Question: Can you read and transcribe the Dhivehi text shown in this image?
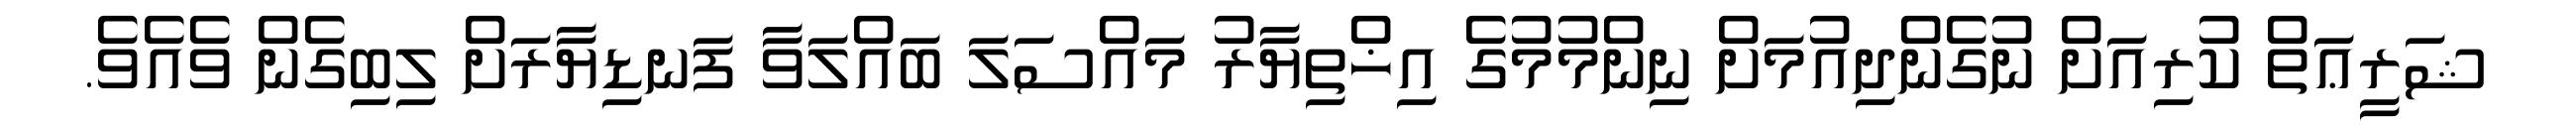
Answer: ޝަރީޢަތް ކުރިއަށް ނުގެންދިއުމަށް ނިންމުމުގެ އިޚްތިޔާރު މައްސަލަ ބައްލަވާ ފަނޑިޔާރަށް ލިބިގެން ވެއެވެ.